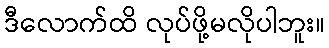
ဒီလောက်ထိ လုပ်ဖို့မလိုပါဘူး။